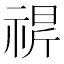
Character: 𬓁